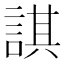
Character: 諆